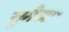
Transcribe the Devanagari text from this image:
सुमैया